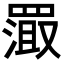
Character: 𬙦